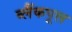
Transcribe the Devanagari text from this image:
ब्लैंकपूल